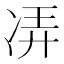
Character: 𫥌